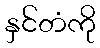
နှင်တံကို